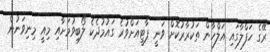
ރޭގެ ހަފްލާގައި އަލްހާން ތަކުރާރުކޮށް ވަނީ ޕާޓީއަށްވުރެ ގައުމުދެކެ ލޯބިވުމަށާއި މިއީ މިނިވަނުން